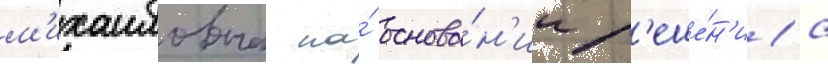
м'ихаиловна на́ основа́н'ии р'еше́н'иа